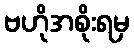
ဗဟိုအစိုးရမှ